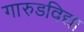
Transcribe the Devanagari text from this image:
गारुडविद्या